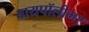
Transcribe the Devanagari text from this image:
बायपॉलीमर